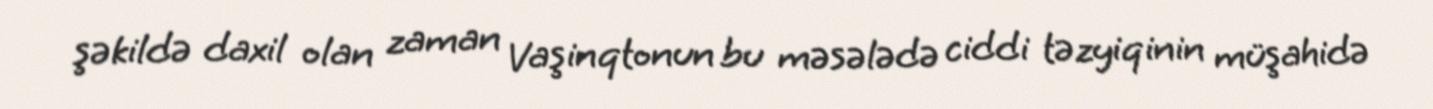
şəkildə daxil olan zaman Vaşinqtonun bu məsələdə ciddi təzyiqinin müşahidə